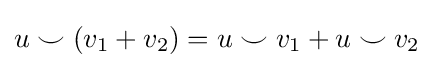
u\smile (v_{1}+v_{2})=u\smile v_{1}+u\smile v_{2}